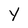
Character: Y